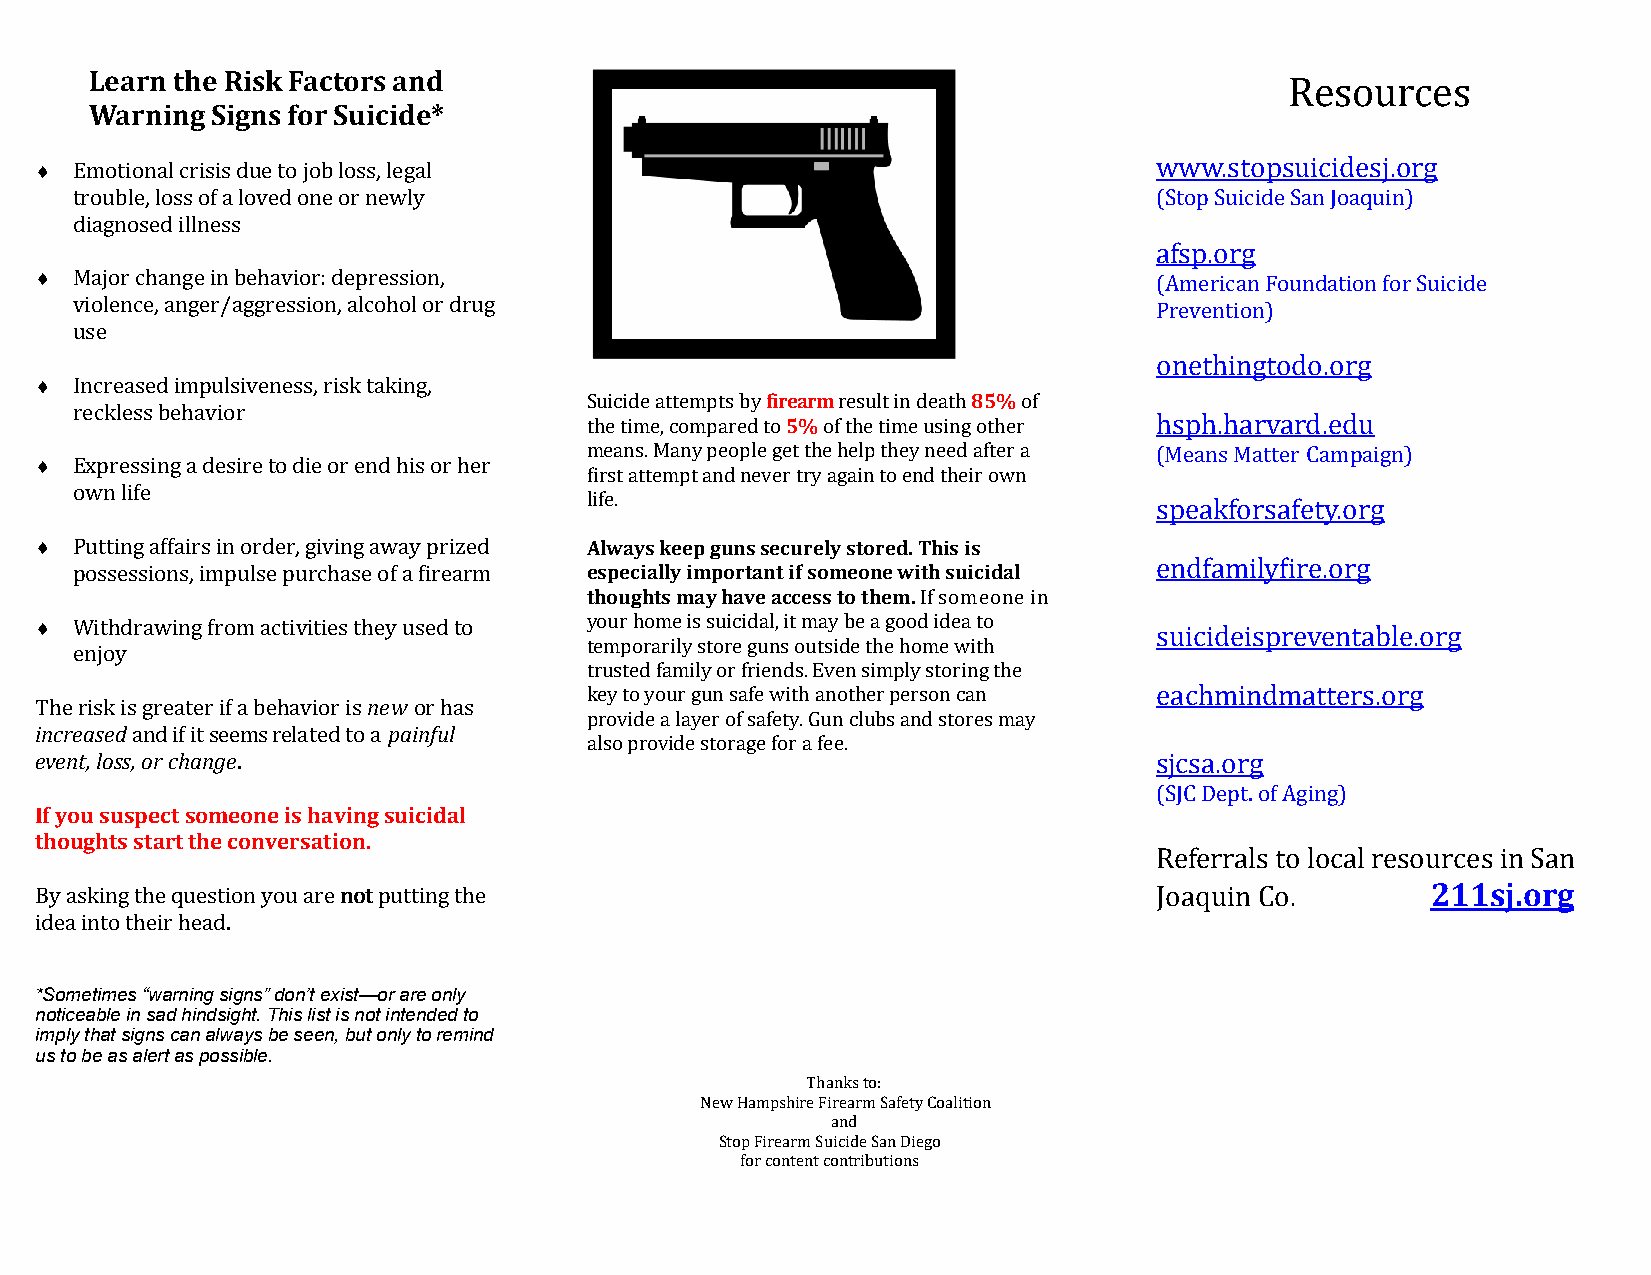
Learn the Risk Factors and                                                     Resources
 Warning Signs for Suicide*
   Emotional crisis due to job loss, legal                                www.stopsuicidesj.org
 trouble, loss of a loved one or newly                                  (Stop Suicide San Joaquin)
 diagnosed illness
 afsp.org
   Major change in behavior: depression,                                  (American Foundation for Suicide
 violence, anger/aggression, alcohol or drug                            Prevention)
 use
 onethingtodo.org
   Increased impulsiveness, risk taking,
 Suicide attempts by firearm result in death 85% of
 reckless behavior
 the time, compared to 5% of the time using other hsph.harvard.edu
 means. Many people get the help they need after a (Means Matter Campaign)
   Expressing a desire to die or end his or her
 first attempt and never try again to end their own
 own life
 life.
 speakforsafety.org
   Putting affairs in order, giving away prized Always keep guns securely stored. This is
 endfamilyfire.org
 possessions, impulse purchase of a firearm especially important if someone with suicidal
 thoughts may have access to them. If someone in
   Withdrawing from activities they used to your home is suicidal, it may be a good idea to suicideispreventable.org
 temporarily store guns outside the home with
 enjoy
 trusted family or friends. Even simply storing the
 key to your gun safe with another person can eachmindmatters.org
 The risk is greater if a behavior is new or has
 provide a layer of safety. Gun clubs and stores may
 increased and if it seems related to a painful
 also provide storage for a fee.
 event, loss, or change.                                                   sjcsa.org
 (SJC Dept. of Aging)
 If you suspect someone is having suicidal
 thoughts start the conversation.
 Referrals to local resources in San
 By asking the question you are not putting the                            Joaquin Co.        211sj.org
 idea into their head.
 *Sometimes “warning signs” don’t exist—or are only
 noticeable in sad hindsight. This list is not intended to
 imply that signs can always be seen, but only to remind
 us to be as alert as possible.
 Thanks to:
 New Hampshire Firearm Safety Coalition
 and
 Stop Firearm Suicide San Diego
 for content contributions